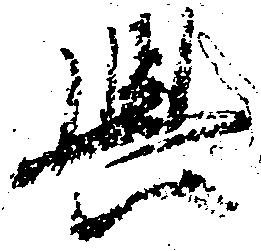
興